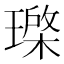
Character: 𱯦